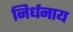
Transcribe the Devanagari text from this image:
निर्धनाय